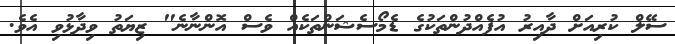
ސޭލް ކުރިއަށް ދާއިރު އުފެއްދުންތަކުގެ ޑެމޯސެޝަންތަކެއް ވެސް އޮންނާނެ" ޒިޔަތު ވިދާޅުވި އެވެ.